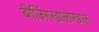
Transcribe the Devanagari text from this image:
बीजिंगखालोखाल